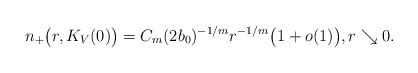
LaTeX: \begin{align*}n_+ \big(r,K_V(0) \big) = C_{m} (2b_0)^{-1/m} r^{-1/m} \big( 1 + o(1) \big), r \searrow 0.\end{align*}